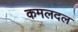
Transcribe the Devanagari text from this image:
कमलदल